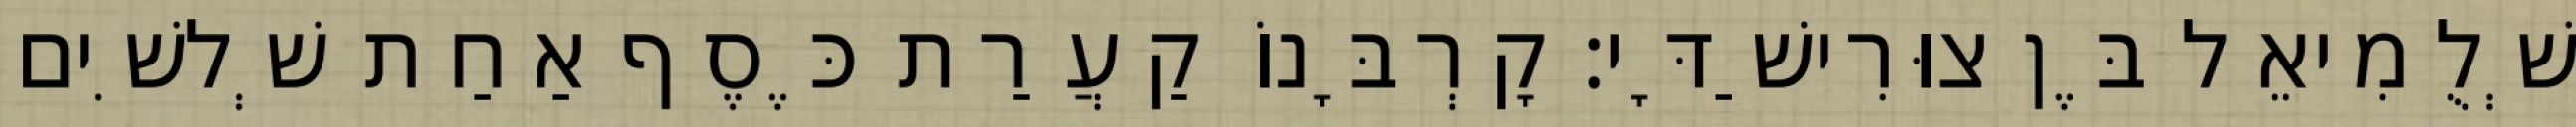
שְׁלֻמִיאֵל בֶּן צוּרִישַׁדָּי׃ קָרְבָּנוֹ קַעֲרַת כֶּסֶף אַחַת שְׁלשִׁים